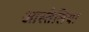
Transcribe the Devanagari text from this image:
आस्तेलिया